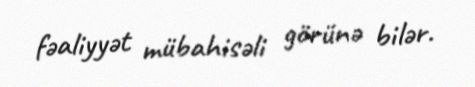
fəaliyyət mübahisəli görünə bilər.